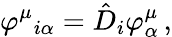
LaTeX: \varphi^{\mu}{}_{i\alpha}=\hat{D}_{i}\varphi_{\alpha}^{\mu}\, ,